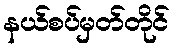
နယ်စပ်မှတ်တိုင်